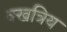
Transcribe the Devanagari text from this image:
क्खत्रिय